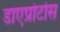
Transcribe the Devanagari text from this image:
डाएप्रोटोस